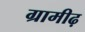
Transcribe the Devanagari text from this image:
ग्रामीढ़